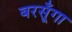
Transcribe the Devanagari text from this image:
बरसूँगा